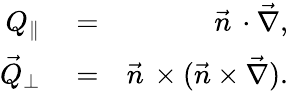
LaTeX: \begin{array}{rlr}{Q_{\parallel}}&{{}=}&{\vec{n}\, \cdot\vec{\nabla},}\\ {\vec{Q}_{\perp}}&{{}=}&{\vec{n}\, \times(\vec{n}\times\vec{\nabla}).}\end{array}